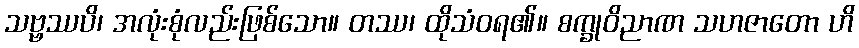
သဗ္ဗဿပိ၊ အလုံးစုံလည်းဖြစ်သော။ တဿ၊ ထိုသံဝရ၏။ စက္ခုဝိညာဏ သဟဇာတော ဟိ